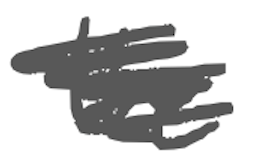
Text: the
Cross-out: scratch
Writing tool: digital_gray